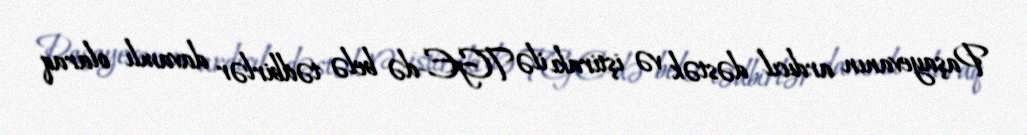
Paşayevanın ardıcıl dəstək və iştirakı ilə TGE-də belə tədbirlər davamlı olaraq